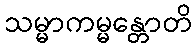
သမ္မာကမ္မန္တောတိ